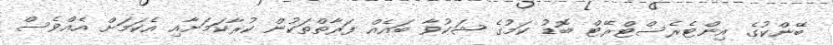
ބޭންކުގެ އިންޓެރެސްޓްރޭޓް ބޮޑު ކަމުގެ ޝަކުވާ ބައެއް ފަރާތްތަކުން ކުރާކަމަށާއި އެކަމަށް އެއްވެސް